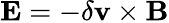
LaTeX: \mathbf{E}=-\delta\mathbf{v}\times\mathbf{B}